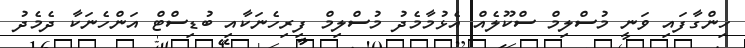
ހިންގާފައި ވަނީ މުސްލިމް ސްކޫލެއް އެޅުމާމެދު މުސްލިމް ފިރިހެނަކާއި ބުޑިސްޓް އަންހެނަކާ ދެމެދު